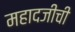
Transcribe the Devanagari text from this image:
महादजीची